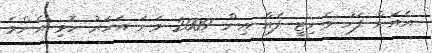
އެއަށް ފަހު ވެނިޓީ ފެއާ އިން 2009 ވަނަ އަހަރު ހޮވި އެންމެ